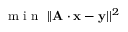
\mathrm { ~ m ~ i ~ n ~ } \; | | \mathbf { A \cdot x - y } | | ^ { 2 }